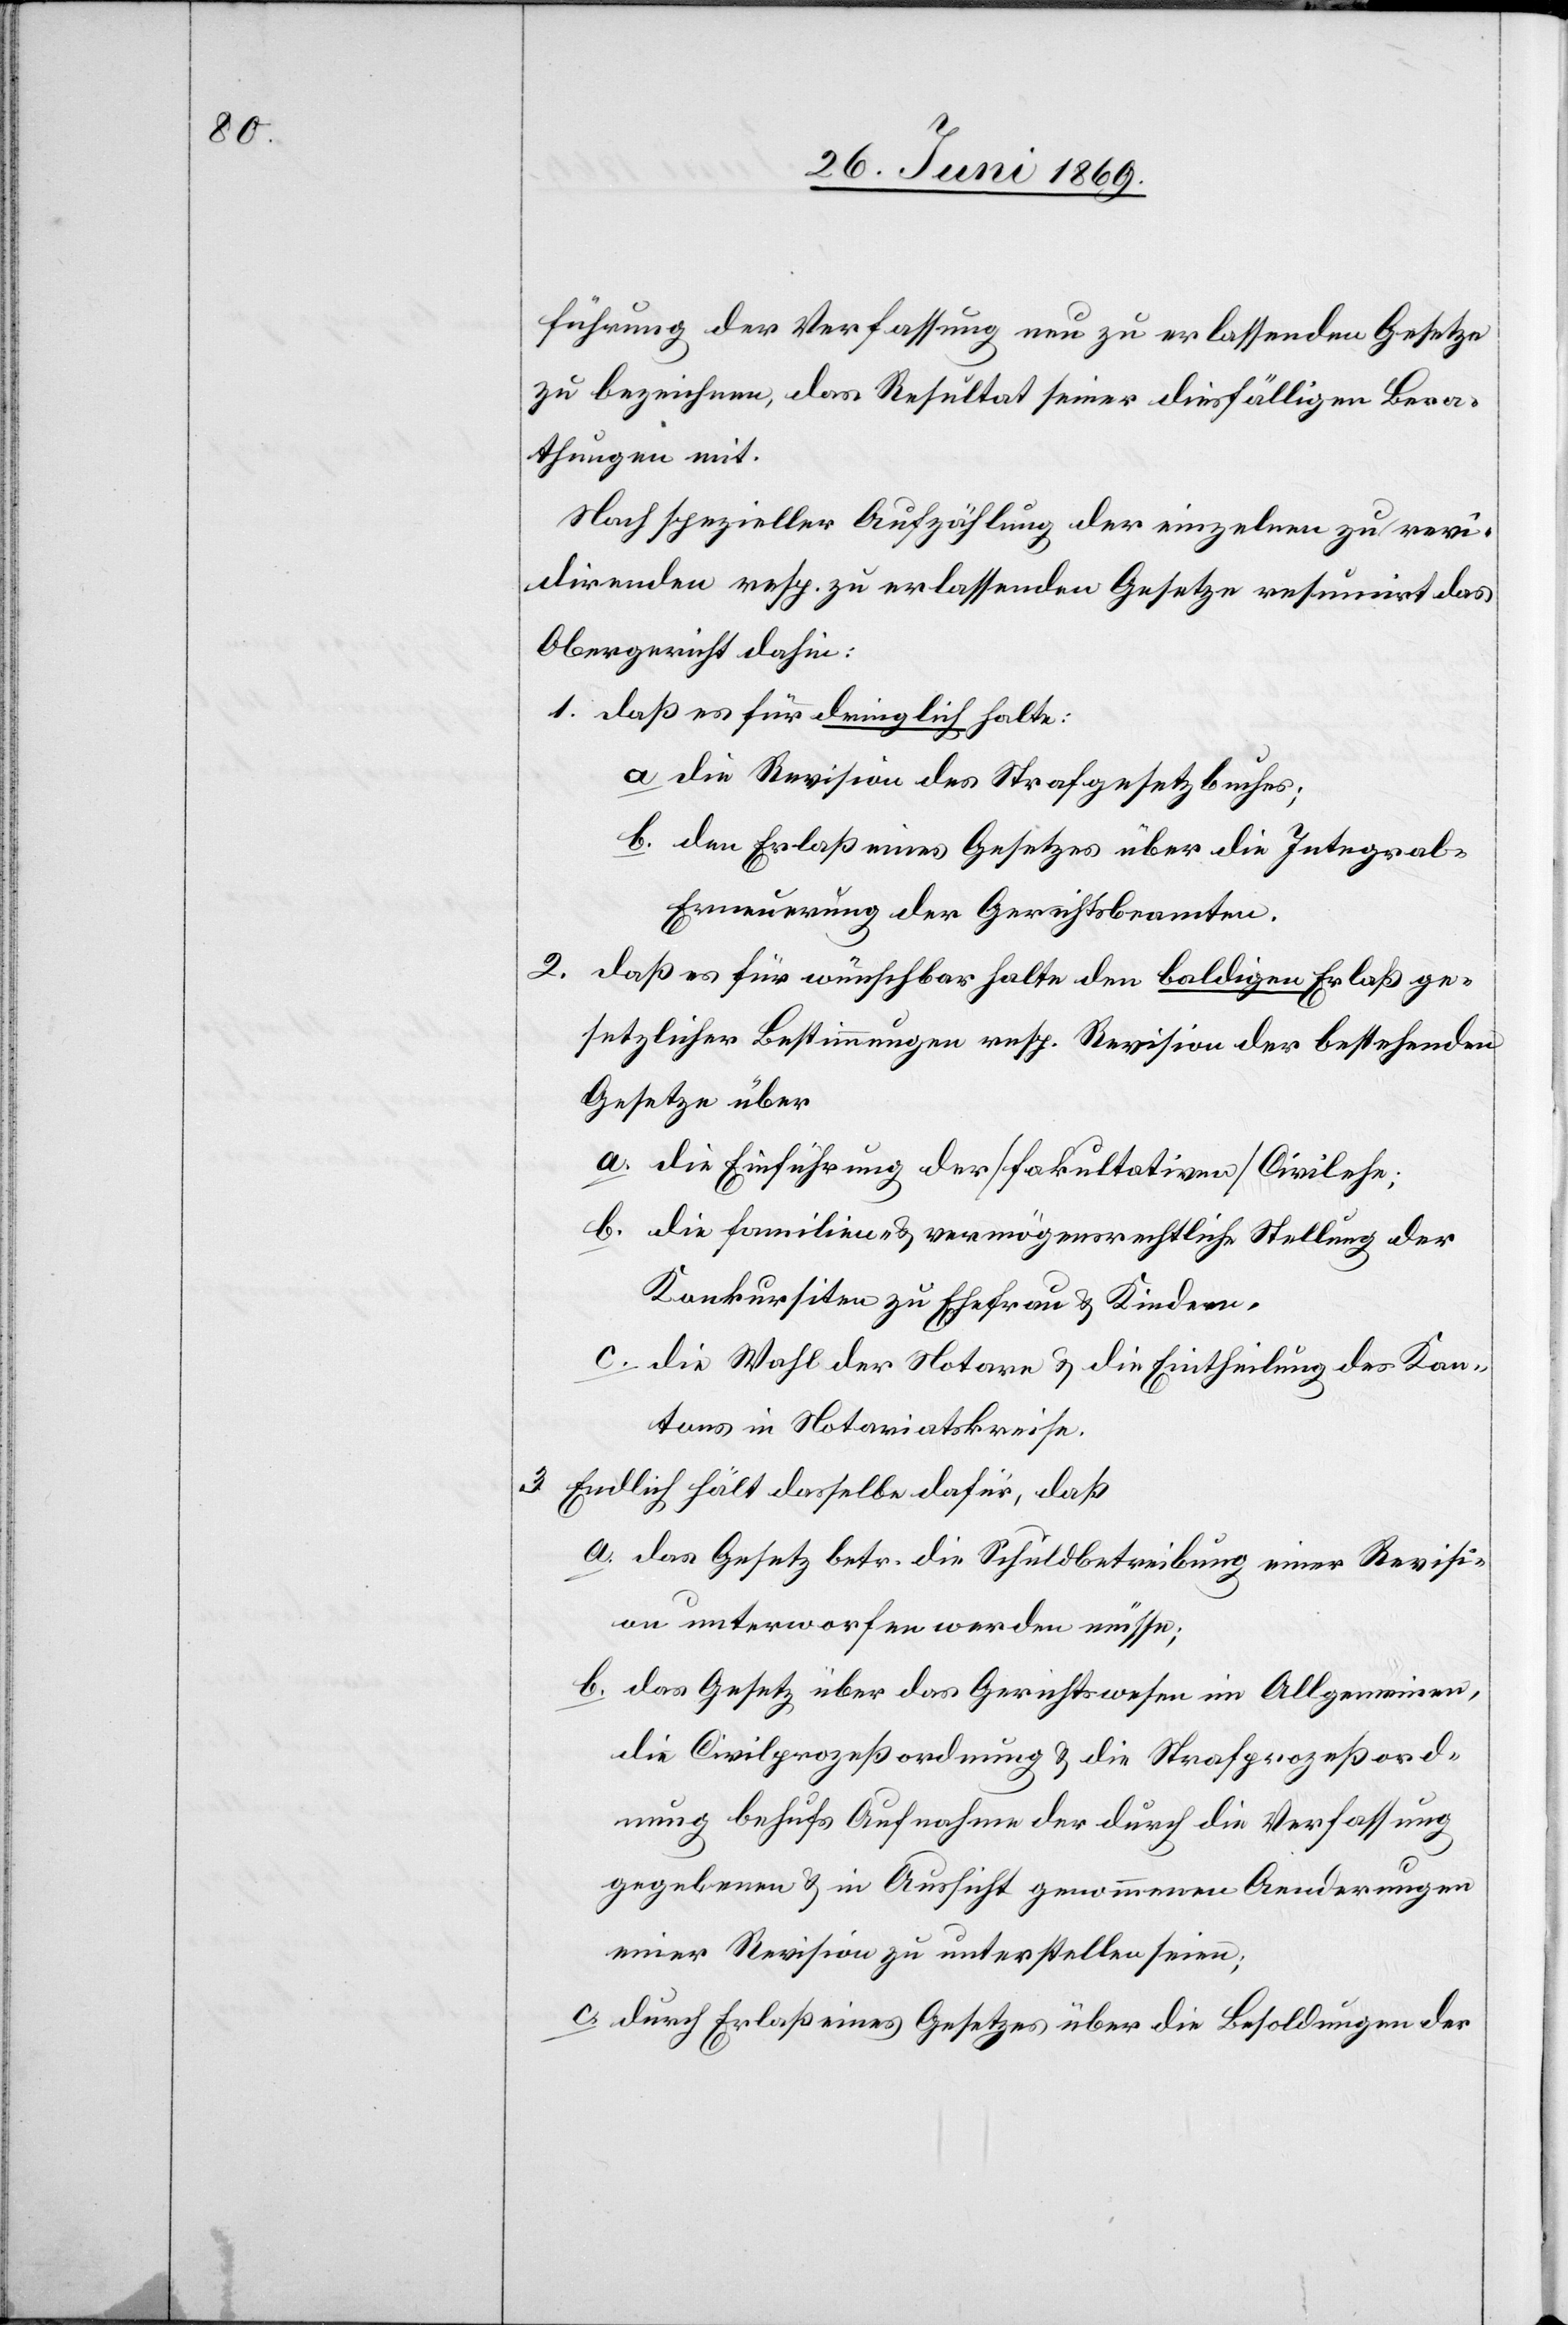
führung der Verfassung neu zu erlassenden Gesetze
zu bezeichnen, das Resultat seiner diesfälligen Bera¬
thungen mit.
Nach spezieller Aufzählung der einzelnen zu revi¬
direnden resp. zu erlassenden Gesetze resumirt das
Obergericht dahin:
1. daß es für dringlich halte:
a. die Revision des Strafgesetzbuches;
b. den Erlaß eines Gesetzes über die Integra¬
l-Erneuerung der Gerichtsbeamten.
2. daß es für wünschbar halte den baldigen Erlaß ge¬
setzlicher Bestimmungen resp. Revision der bestehenden
Gesetze über
a. die Einführung der [fakultativen] Civilehe;
b. die Familien- u. vermögensrechtliche Stellung der
Konkursiten zu Ehefrau u. Kindern.
c. die Wahl der Notare u. die Eintheilung des Kan¬
tons in Notariatskreise.
3. Endlich hält dasselbe dafür, daß
a. das Gesetz betr. die Schuldbetreibung einer Revisi¬
on unterworfen werden müsse;
b. das Gesetz über das Gerichtswesen im Allgemeinen,
die Civilprozeßordnung u. die Strafprozeßord¬
nung behufs Annahme der durch die Verfassung
gegebenen u. in Aussicht genommenen Aenderungen
einer Revision zu unterstellen seien;
c. durch Erlaß eines Gesetzes über die Bestellungen der